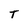
Character: T